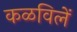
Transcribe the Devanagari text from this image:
कळविलें